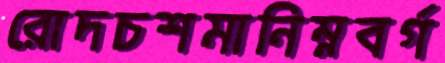
রোদচশমানিম্নবর্গ